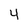
Character: 4